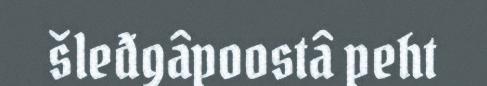
šleđgâpoostâ peht